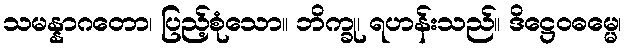
သမန္နာဂတော၊ ပြည့်စုံသော။ ဘိက္ခု၊ ရဟန်းသည်။ ဒိဋ္ဌေဝဓမ္မေ၊